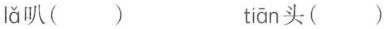
lǎ 叭() tiān头()